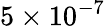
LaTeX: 5\times 10^{-7}